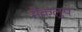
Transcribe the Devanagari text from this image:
मैकलुप